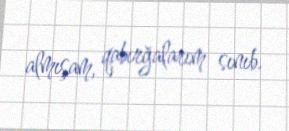
almışam, qabırğalarım sınıb.